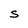
Character: S